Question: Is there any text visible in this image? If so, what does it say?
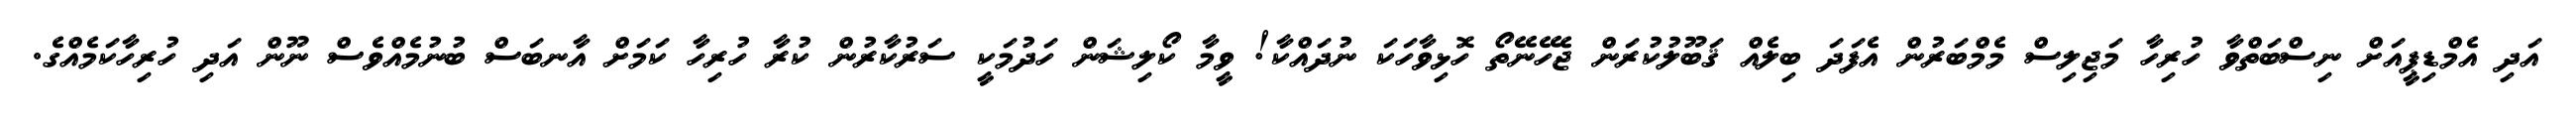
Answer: އަދި އެމްޑިޕީއަށް ނިސްބަތްވާ ހުރިހާ މަޖިލިސް މެމްބަރުން އެފަދަ ބިލެއް ޤަބޫލުކުރަން ޖެހޭނޭތޯ ހޮޅިވާހަކަ ނުދައްކާ! ވީމާ ކޯލިޝަން ހަދުމަކީ ސަރުކާރުން ކުރާ ހުރިހާ ކަމަށް އާނބަސް ބުނުމެއްވެސް ނޫން އަދި ހުރިހާކަމެއްގެ.